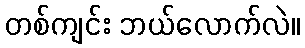
တစ်ကျင်း ဘယ်လောက်လဲ။